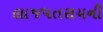
લાજપતરાયની